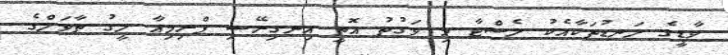
ވާޑީގެ ލަނޑުތަކާއެކު ލެސްޓާ މި ވަގުތު އޮތީ އިނގިރޭސި ޕްރިމިއާ ލީގު ތާވަލްގެ